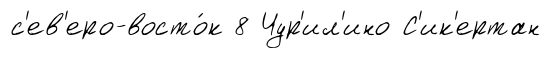
с'ев'еро-восто́к 8 Чур'ил'ино С'ик'ертан